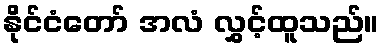
နိုင်ငံတော် အလံ လွှင့်ထူသည်။